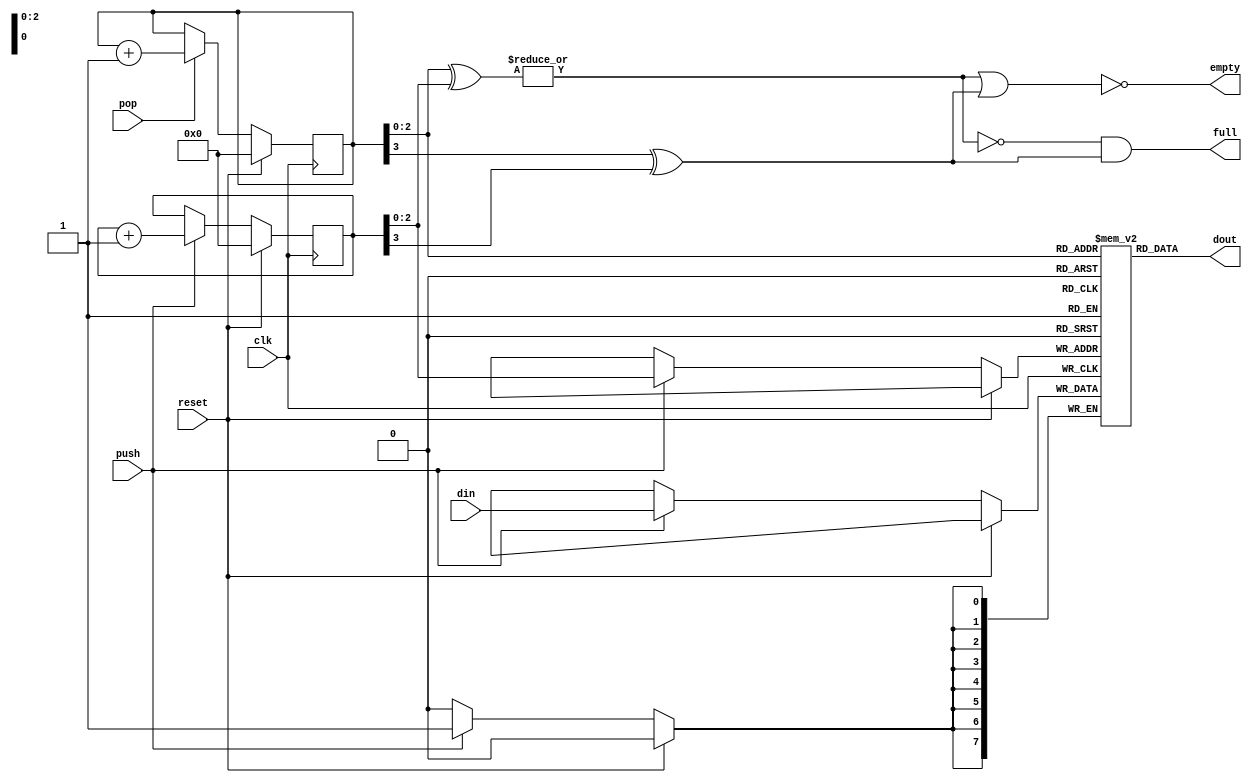
module queue_8_8(
		input wire clk,
		input wire reset,
		input wire push,
		input wire pop,
		output wire full,
		output wire empty,
		input wire[7:0] din, 
		output wire[7:0] dout
		);
		
reg[3:0] read_addr;
reg[3:0] write_addr;	//these have an extra bit so we can easily tell if the fifo is empty or full
wire addr_comp;
(* ramstyle = "logic" *) reg[7:0] queue_mem[7:0];

assign addr_comp = |(read_addr[2:0] ^ write_addr[2:0]);
assign dout = queue_mem[read_addr[2:0]];
assign empty = ~(addr_comp | (read_addr[3] ^ write_addr[3]));
assign full = ~addr_comp & (read_addr[3] ^ write_addr[3]);

initial
begin
	read_addr = 4'h0;
	write_addr = 4'h0;
end

always @(posedge clk)
begin
	if(reset)
	begin
		read_addr <= 4'h0;
		write_addr <= 4'h0;
	end
	else
	begin
		if(push)
		begin
			write_addr <= write_addr + 4'h1;
			queue_mem[write_addr[2:0]] <= din;
		end
		if(pop)
		begin
			read_addr <= read_addr + 4'h1;
		end
	end
end
endmodule